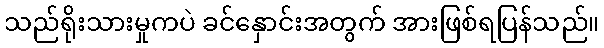
သည်ရိုးသားမှုကပဲ ခင်နှောင်းအတွက် အားဖြစ်ရပြန်သည်။